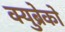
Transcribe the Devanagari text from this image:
क्युब्रेको